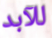
للآبد